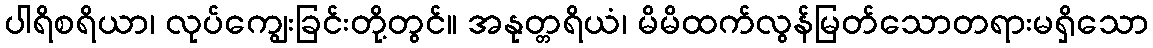
ပါရိစရိယာ၊ လုပ်ကျွေးခြင်းတို့တွင်။ အနုတ္တရိယံ၊ မိမိထက်လွန်မြတ်သောတရားမရှိသော